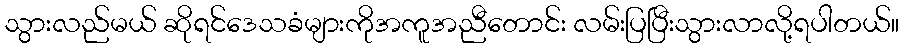
သွားလည်မယ် ဆိုရင်ဒေသခံများကိုအကူအညီတောင်း လမ်းပြပြီးသွားလာလို့ရပါတယ်။